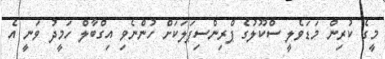
މީގެ ކުރިން މަޑަވެލީ ސްކޫލުގެ ޕްރިންސިޕަލަކަށް ހުންނެވި އިގްބާލް ހަމީދު ވަނީ އެ